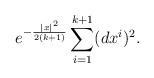
LaTeX: \begin{align*} e^{-\frac{|x|^2}{2(k+1)}}\sum_{i=1}^{k+1}(dx^i)^2.\end{align*}